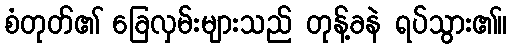
စံတုတ်၏ ခြေလှမ်းများသည် တုန့်ခနဲ ရပ်သွား၏။